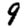
Digit: 9